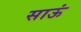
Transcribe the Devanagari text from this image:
साऊं